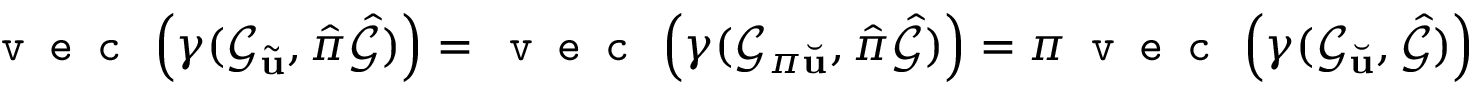
\texttt { v e c } \left( \gamma ( \mathcal { G } _ { \tilde { \mathbf { u } } } , \hat { \pi } \hat { \mathcal { G } } ) \right) = \texttt { v e c } \left( \gamma ( \mathcal { G } _ { \pi \Breve { \mathbf { u } } } , \hat { \pi } \hat { \mathcal { G } } ) \right) = \pi \texttt { v e c } \left( \gamma ( \mathcal { G } _ { \Breve { \mathbf { u } } } , \hat { \mathcal { G } } ) \right)